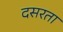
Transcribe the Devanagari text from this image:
दसरता